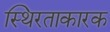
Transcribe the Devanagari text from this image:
स्थिरताकारक